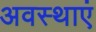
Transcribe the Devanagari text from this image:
अवस्‍थाएं